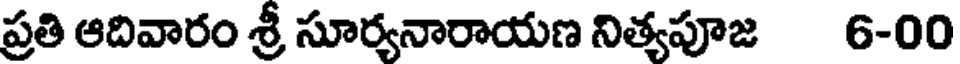
ప్రతి ఆదివారం శ్రీ సూర్యనారాయణ నిత్యపూజ 6-00